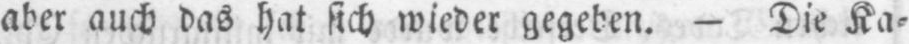
aber auch das hat sich wieder gegeben. - Die Ka⸗